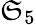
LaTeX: \mathfrak{S}_{5}